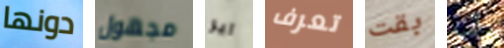
دونها مجهول اير تعرف بقت رأت